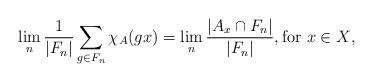
LaTeX: \begin{align*}\lim_n \frac{1}{|F_n|} \sum_{g \in F_n} \chi_A(gx) = \lim_{n} \frac{|A_x \cap F_n|}{|F_n|}, \textrm{for $x \in X$},\end{align*}